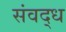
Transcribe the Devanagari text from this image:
संवद्ध